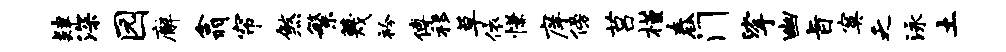
肄深园廨翕帘煞繁蔑衿傅移草依慊庠傍莒槿舂门挲幽旨寞乏泳土